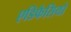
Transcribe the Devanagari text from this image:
एडिफैसियो